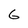
Character: 6